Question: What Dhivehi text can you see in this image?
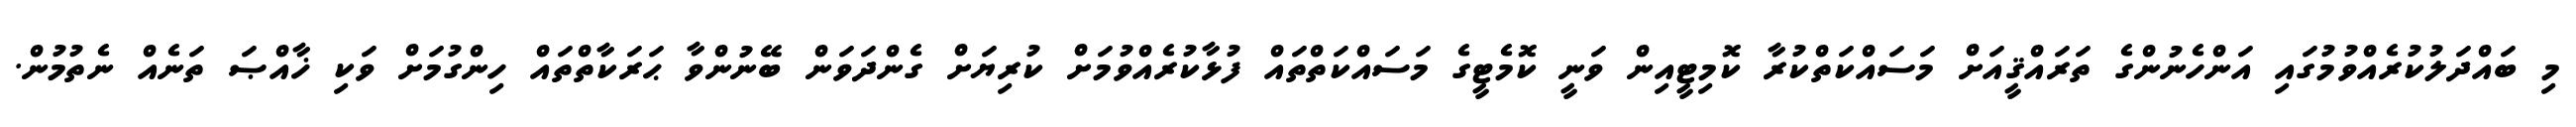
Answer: މި ބައްދަލުކުރެއްވުމުގައި އަންހެނުންގެ ތަރައްޤީއަށް މަސައްކަތްކުރާ ކޮމިޓީއިން ވަނީ ކޮމެޓީގެ މަސައްކަތްތައް ފުޅާކުރެއްވުމަށް ކުރިޔަށް ގެންދަވަން ބޭނުންވާ ޙަރަކާތްތައް ހިންގުމަށް ވަކި ޚާއްޞަ ތަނެއް ނެތުމުން.